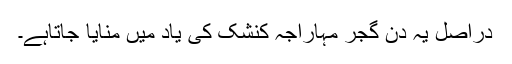
دراصل یہ دن گجر مہاراجہ کنشک کی یاد میں منایا جاتاہے۔